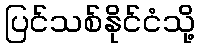
ပြင်သစ်နိုင်ငံသို့